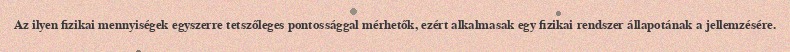
Az ilyen fizikai mennyiségek egyszerre tetszőleges pontossággal mérhetők, ezért alkalmasak egy fizikai rendszer állapotának a jellemzésére.